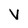
Character: V